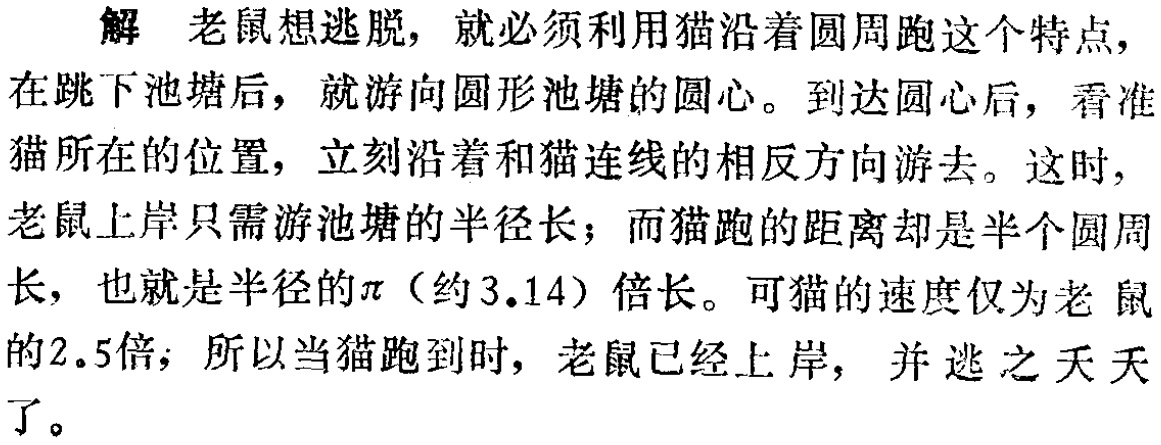
解 老鼠想逃脱，就必须利用猫沿着圆周跑这个特点，在跳下池塘后，就游向圆形池塘的圆心。到达圆心后，看准猫所在的位置，立刻沿着和猫连线的相反方向游去。这时，老鼠上岸只需游池塘的半径长；而猫跑的距离却是半个圆周长，也就是半径的$\pi$（约$3.14$）倍长。可猫的速度仅为老鼠的$2.5$倍；所以当猫跑到时，老鼠已经上岸，并逃之夭夭了。